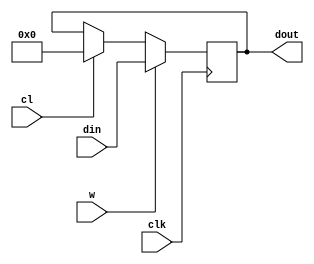
// Design: Multiplicador secuencial
// Description: Multiplicador secuencial - Unidad de datos
// Modified by: Sergio Martn Guilln
// Copyright Universidad de Sevilla, Spain
// Rev: 2, marzo 2013

// Usando `default_nettype none, el compilador no supone, por defecto, que las entradas
// y las salidas de los mdulos son de tipo 'wire'. Obliga a declararlas 'wire' expresamente.
// Adems, gracias a esto, nos dar un error siempre que estemos usando un
// cable no declarado previamente, en vez de suponer una declaracin implcita.
`default_nettype none


// Registro A
module reg_a (
  input  wire clk,cl,w,
  input  wire [3:0] din,
  output reg  [3:0] dout
  );
 always@(posedge clk)
   if(w)
     dout <= din;
   else if(cl)
     dout <= 0;
endmodule


// Registro C
module reg_c (
  input  wire clk,cl,w,
  input  wire din,
  output reg  dout
  );

  always@(posedge clk)
   if(w)
     dout <= din;
   else if(cl)
     dout <= 0;
endmodule


// Sumador de 4 bits
module sumador_4(
 input  wire [3:0] a,
 input  wire [3:0] b,
 output wire [3:0] res,
 output wire cout
 );
 assign {cout,res} = a + b;
endmodule


// Contador modulo 4
module cont_mod_4(
  input  wire clk,cl,up,
  output wire cy
  );
  reg [1:0] q;
  assign cy = &q;
  always@(posedge clk)
    if(up)
      q <= q + 1;
    else if(cl)
      q <= 0;
endmodule


// Registro de desplazamiento
module reg_despl_4(
  input  wire clk,cl,shr,w,sri,
  input  wire [3:0] din,
  output reg  [3:0] dout);

  always@(posedge clk)
    if(shr)
      dout <= {sri,dout[3:1]};
    else if (w)
      dout <= din;
    else if(cl)
      dout <= 0;
endmodule


// Unidad de datos - Descripcion estructural
// Se instancian todos los componentes de la unidad
// de datos y se interconectan entre si
module u_datos(
  input  wire [3:0] datoA,
  input  wire [3:0] datoB,
  input  wire clk,wa,upcont,clinicio,
  input  wire wc,clc,wsumh,wsuml,shrsum,
  output wire [7:0] result,
  output wire cycont
  );

  wire [3:0] bus_out_A;
  wire [3:0] bus_out_SUMADOR;
  wire cable_cout, cable_out_C;

  // Instancia del registro A
  reg_a A(.din(datoA),.cl(1'b0),.clk(clk),.w(wa),.dout(bus_out_A));
  // Instancia del sumador
  sumador_4 SUMADOR(.a(result[7:4]),.b(bus_out_A),.res(bus_out_SUMADOR),.cout(cable_cout));
  // Instancia del registro de desplazamiento para SUMH
  reg_despl_4 SUMH(.din(bus_out_SUMADOR),.cl(clinicio),.w(wsumh),.clk(clk),
                   .shr(shrsum),.sri(cable_out_C),.dout(result[7:4]));
  // Otra instancia del registro de desplazamiento para SUML
  reg_despl_4 SUML(.din(datoB),.cl(1'b0),.w(wsuml),.clk(clk),
                   .shr(shrsum),.sri(result[4]),.dout(result[3:0]));
  // Instancia del registro C
  reg_c C(.din(cable_cout),.cl(clc),.clk(clk),.w(wc),.dout(cable_out_C));
  // Instancia del contador
  cont_mod_4 CONT(.clk(clk),.cl(clinicio),.cy(cycont),.up(upcont));
endmodule